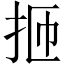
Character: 㧜